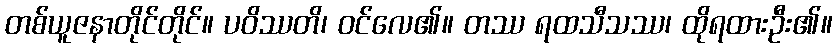
တစ်ယူဇနာတိုင်တိုင်။ ပဝိဿတိ၊ ဝင်လေ၏။ တဿ ရထသီသဿ၊ ထိုရထားဦး၏။